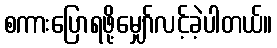
စကားပြောရဖို့မျှော်လင့်ခဲ့ပါတယ်။